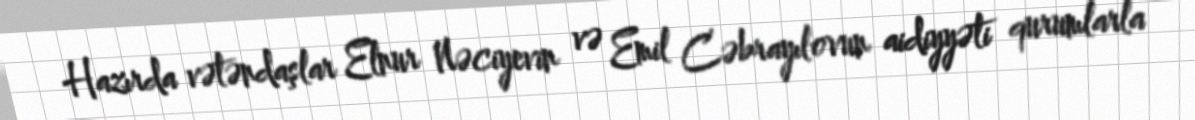
Hazırda vətəndaşlar Elnur Nəciyevin və Emil Cəbrayılovun aidiyyəti qurumlarla